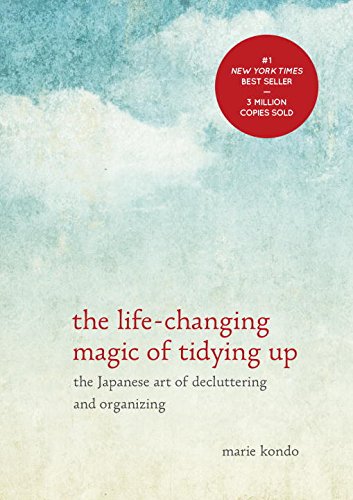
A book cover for The Life-Changing Magic of Tidying Up: The Japanese Art of Decluttering and Organizing; Marie Kondo; Crafts, Hobbies & Home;